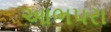
આભપરા